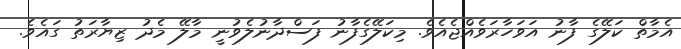
އެމާތް ކަލޭގެ ފާނު އަވަހާރަވެއްޖެއެވެ. މިކަލޭގެފާނު ފަސްދާނުލެވުނީ މާލޭ މެދު ޒިޔާރަތު ގައެވެ.